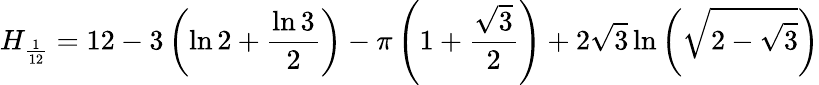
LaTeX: H_{\frac{1}{12}}=12-3\left(\ln{2}+{\frac{\ln{3}}{2}}\right)-\pi\left(1+{\frac{\sqrt{3}}{2}}\right)+2{\sqrt{3}}\ln\left({\sqrt{2-{\sqrt{3}}}}\right)